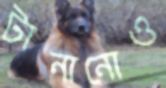
টানানোও